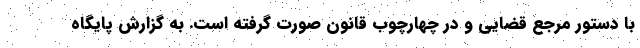
با دستور مرجع قضایی و در چهارچوب قانون صورت گرفته است. به گزارش پایگاه